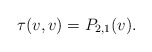
\begin{align*} \tau(v,v)=P_{2,1}(v).\end{align*}